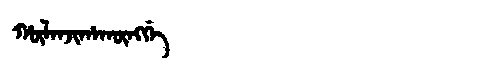
Manchu: ᡥᡡᠯᠠᠨᠵᡳᡥᠠᡴᡡᠩᡤᡝ
Romanization: HŪLANJIHAKŪNGGE